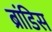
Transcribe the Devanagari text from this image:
ब्रांडिस